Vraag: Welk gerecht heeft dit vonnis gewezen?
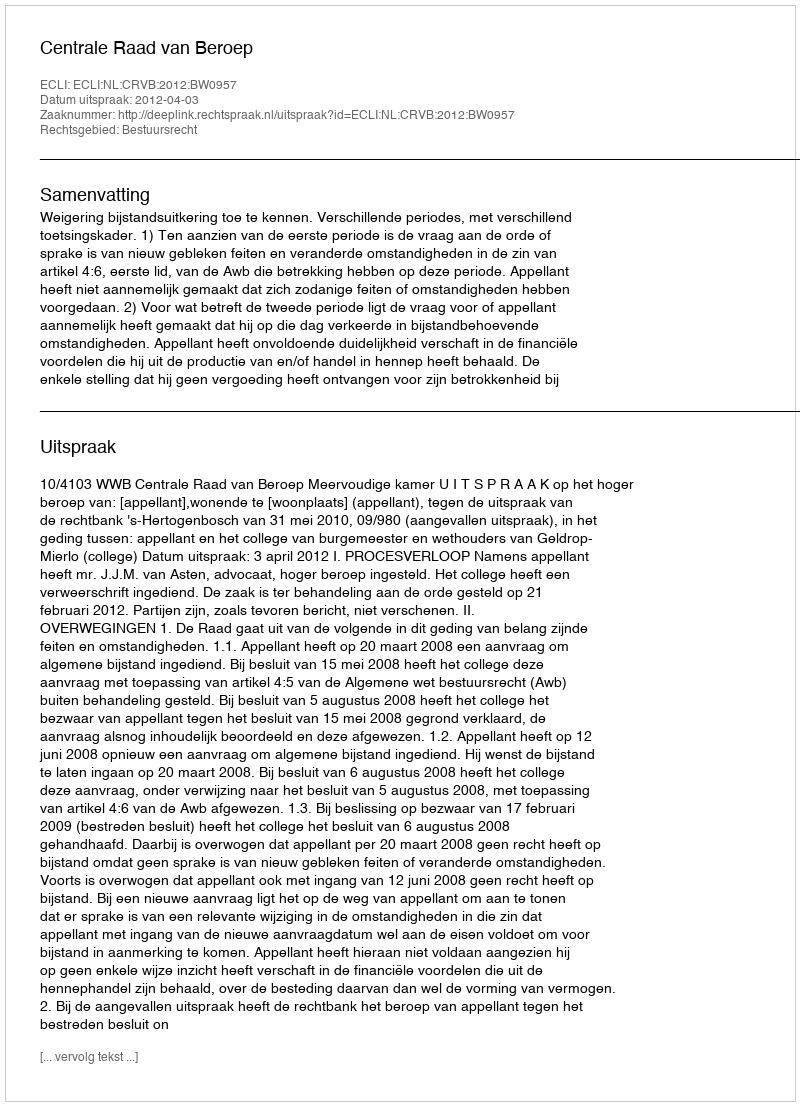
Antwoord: Centrale Raad van Beroep